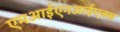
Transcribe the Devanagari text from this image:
एमआईएनआईएक्स